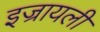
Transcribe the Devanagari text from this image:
इज्रायली